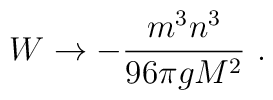
W \to -\frac{m^3 n^3}{96 \pi g M^2}\ .